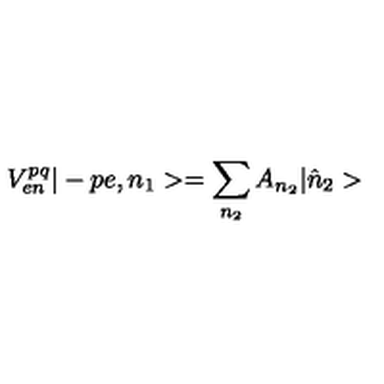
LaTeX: V _ { e n } ^ { p q } | - p e , n _ { 1 } > = \sum _ { n _ { 2 } } A _ { n _ { 2 } } | \hat { n } _ { 2 } >